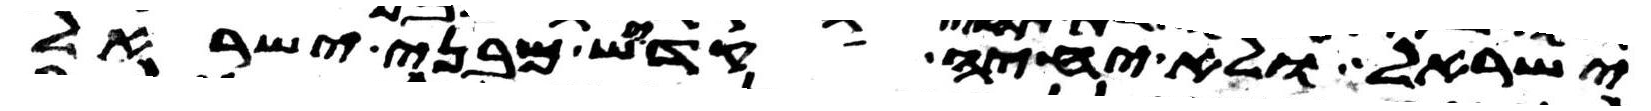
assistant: ישראל ולא יחיה קדש מבני ישראל